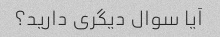
آیا سوال دیگری دارید؟